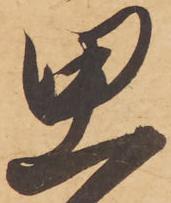
思